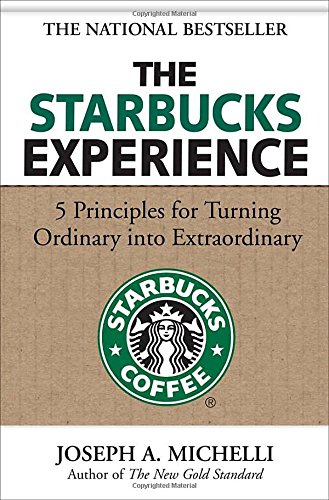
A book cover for The Starbucks Experience: 5 Principles for Turning Ordinary Into Extraordinary; Joseph Michelli; Business & Money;